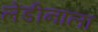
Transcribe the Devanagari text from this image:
लेंडीनाला